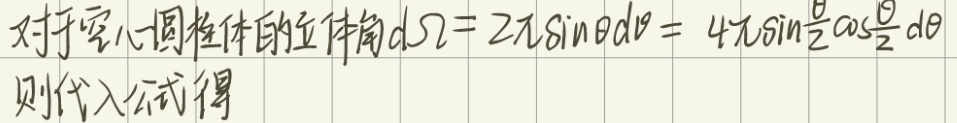
对于空心圆柱体的立体角 \(d\Omega = 2\pi\sin\theta d\theta = 4\pi\sin\frac{\theta}{2}\cos\frac{\theta}{2}d\theta\)。
则代入公式得